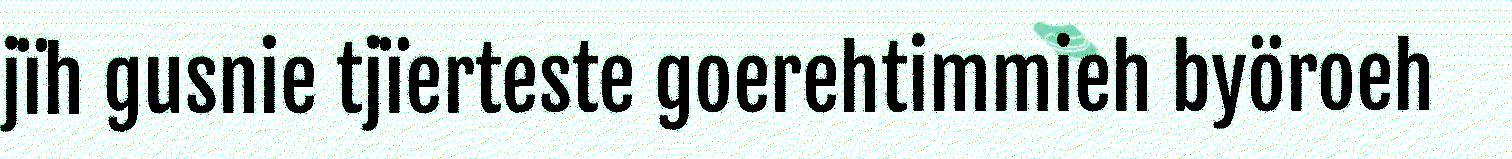
jïh gusnie tjïerteste goerehtimmieh byöroeh